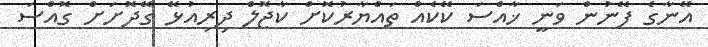
އޭނާގެ ފޭނުން ވަނީ ޚާއްސަ ކޭކެއް ތައްޔާރުކޮށް ކާޖޮލް ދިރިއުޅޭ ގޭދޮށަށް ގޮއްސަ